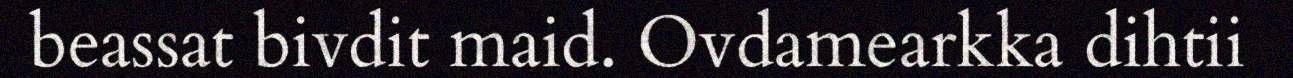
beassat bivdit maid. Ovdamearkka dihtii